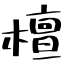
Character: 檀